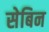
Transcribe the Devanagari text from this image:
सेबिन